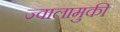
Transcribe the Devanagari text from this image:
ज्वालामुकी